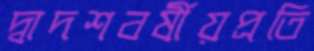
দ্বাদশবর্ষীয়প্রতি